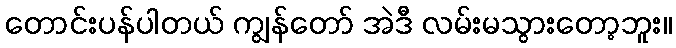
တောင်းပန်ပါတယ် ကျွန်တော် အဲဒီ လမ်းမသွားတော့ဘူး။